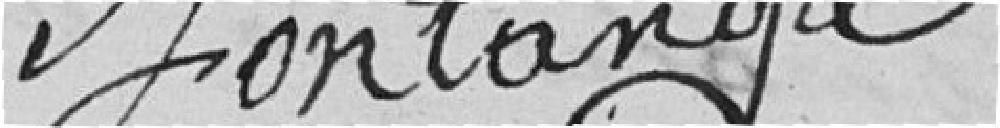
[singature] Fontaneyre